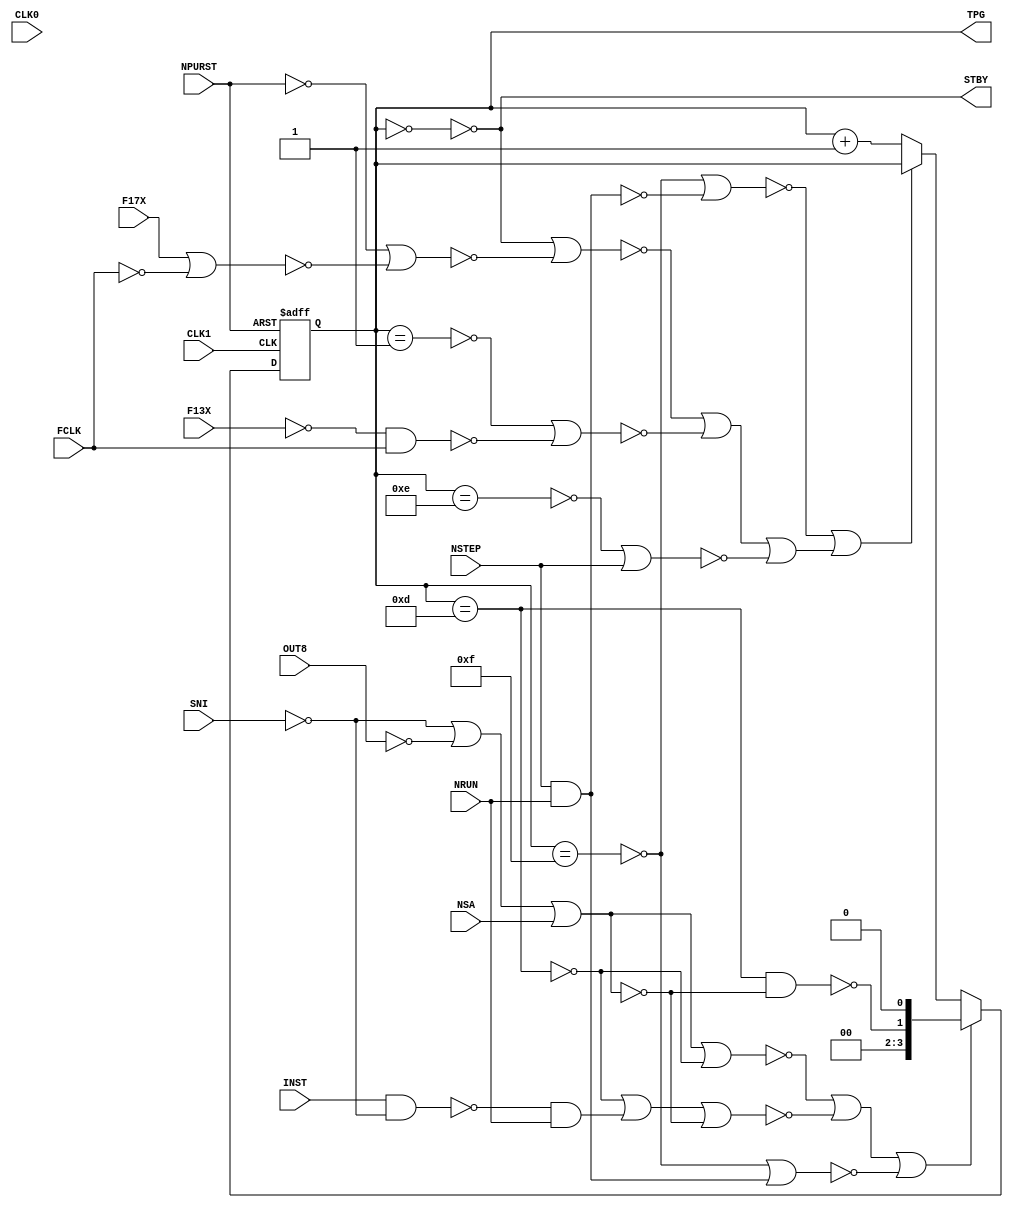
module ng_TPG(
	input  					CLK1,				// Clock Pulse 1
	input  					CLK0,				// Clock Pulse 0
	input 					NPURST,			// Master reset, negative logic
	input 					F17X,				// Clock divided by 17
	input 					FCLK,				// Fast Clock enable
	input 					F13X,				// Clock divided by 13
	input 					INST,				// Instruction increment
	input 					NRUN,				// Run mode, negative logic
	input 					SNI,				// SELECT NEXT INST 1=select next instruction (SNI register)
	input 					OUT8,				// Output 8 standby enable
	input 					NSA,				// Standby allowed, negative logic
	input 					NSTEP,			// Next Step, negative logic
	output reg	[3:0]		TPG,				// Time Pulse regsiter output 
	output					STBY				// Standby alert signal
);

// --------------------------------------------------------------------
// Time Pulse Gate Signals
// --------------------------------------------------------------------
wire	TPG0 = !(!NPURST | !(F17X | !FCLK));	// Time Pulse Gate 0
wire	TPG1 = !(!F13X & FCLK);						// Time Pulse Gate 1
wire	TPG2 = !(!(INST & !SNI) & NRUN);			// Time Pulse Gate  2
wire	TPG3 = !(!SNI | !OUT8 | NSA);				// Time Pulse Gate 3
wire	TPG4 = NSTEP;									// Time Pulse Gate 4
wire	TPG5 = !(NSTEP & NRUN);						// Time Pulse Gate 5

// --------------------------------------------------------------------
// Counter Control Signals
// --------------------------------------------------------------------
wire	CNT_D1 = !(!NTP12 & TPG3);
wire	CNT_PE = !(!(!TPG3|NTP12) | !(NTP12|!TPG2|TPG3) | !(NWAIT|!TPG5));
wire	CNT_CET = !(!(NWAIT|TPG5) | (!(NSTBY|TPG0) | !(NPWRON|TPG1) | !(NSRLSE|TPG4)));

// --------------------------------------------------------------------
// Counter Logic:
// --------------------------------------------------------------------
always @(posedge CLK1 or negedge NPURST) 
   if(!NPURST)       TPG <= 4'h0;						// Clear register on reset
	else if(!CNT_PE)  TPG <= {2'b00, CNT_D1, 1'b0};	// Request load D1
   else if(CNT_CET)  TPG  <= TPG + 4'd1;				// Increment counter

// --------------------------------------------------------------------
// Time Pulse values:
// 
// TPG
// ---
//  0      Standby
//  1      Power on
//  2 - 13 Instruction sequence
//      14 Sequence release
//      15  Wait
// --------------------------------------------------------------------
wire NSTBY	= !(TPG ==  0);
wire NPWRON = !(TPG ==  1);
wire NTP12  = !(TPG == 13);
wire NSRLSE = !(TPG == 14);
wire NWAIT  = !(TPG == 15);

assign STBY = NSTBY;

// --------------------------------------------------------------------
endmodule